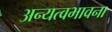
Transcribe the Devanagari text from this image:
अन्यत्वभावना